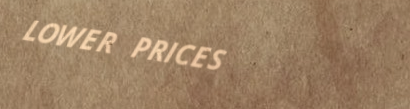
LOWER PRICES